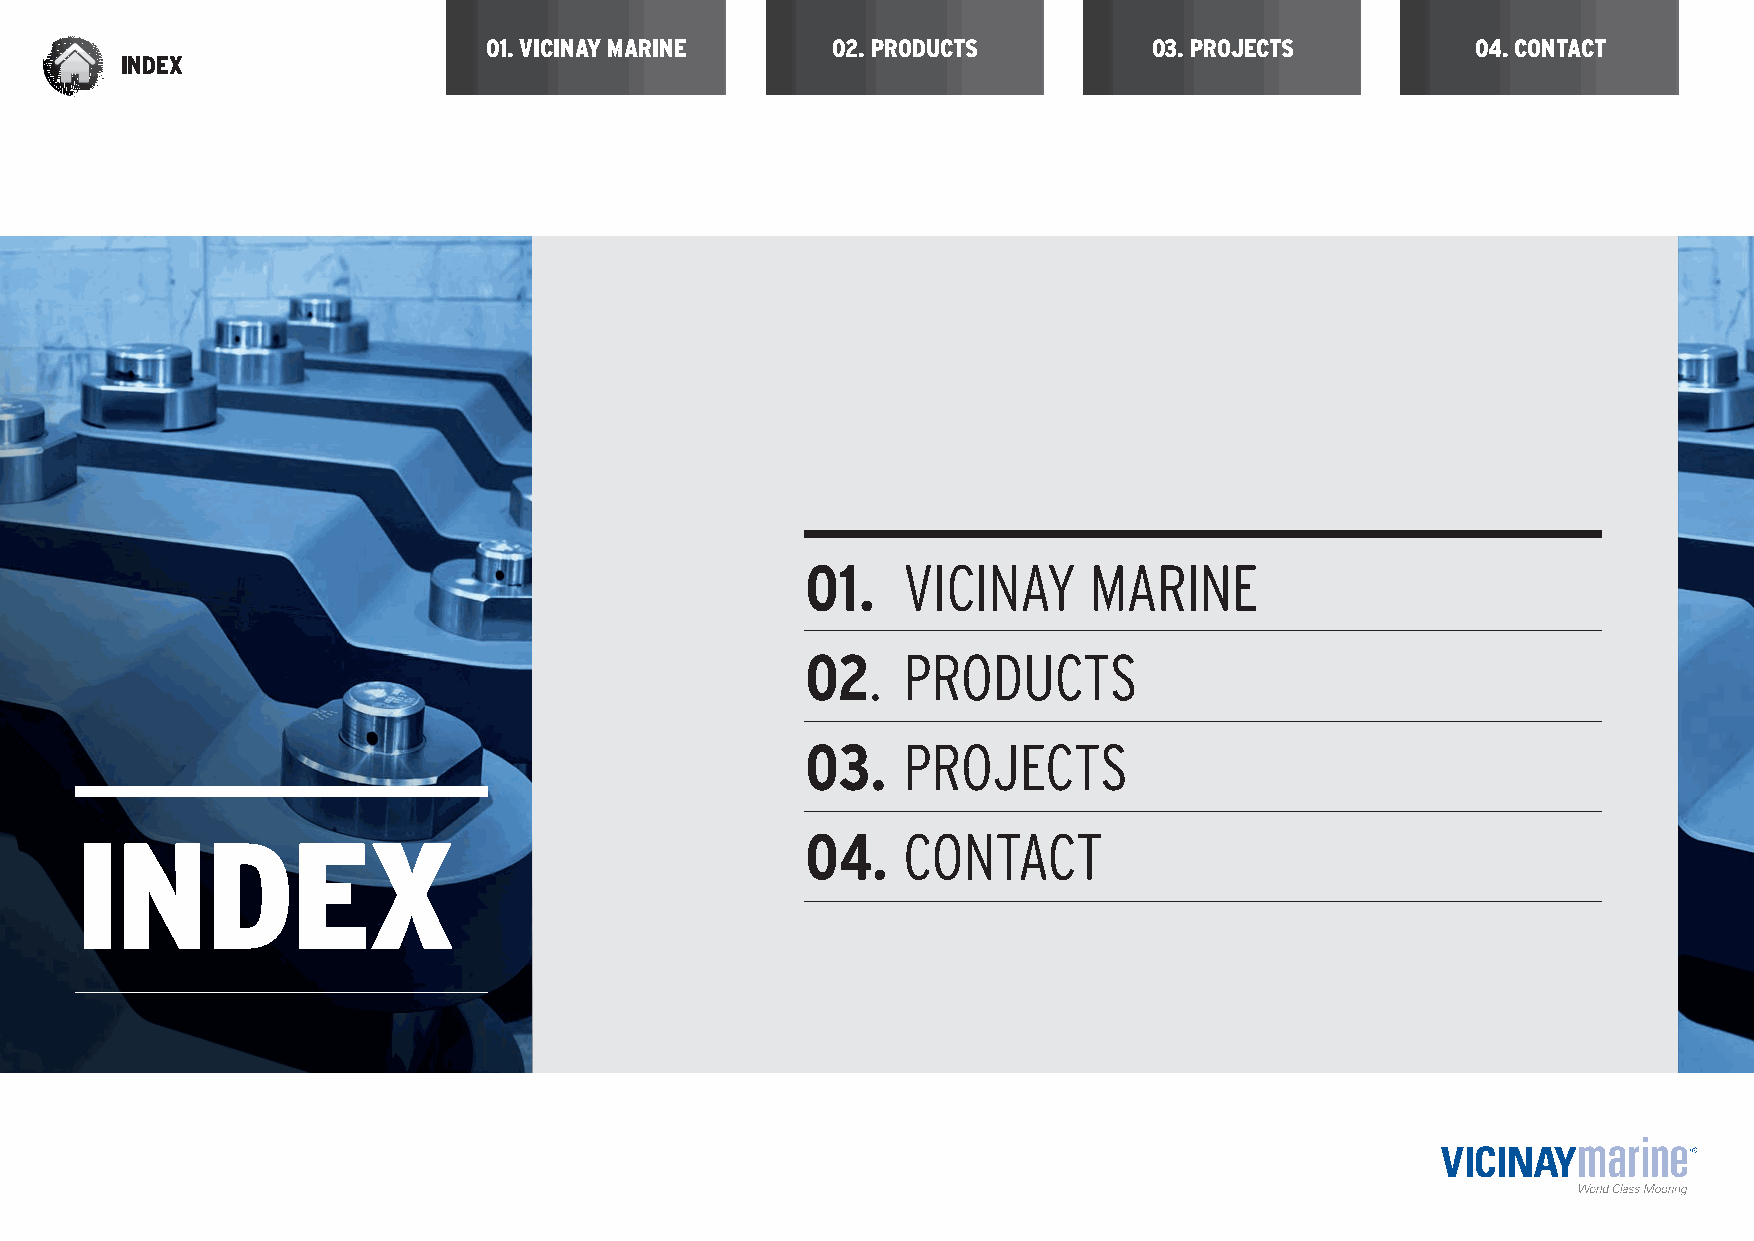
01. VICINAY MARINE     02. PRODUCTS         03. PROJECTS          04. CONTACT
 INDEX
 01.    VICINAY     MARINE
 02.    PRODUCTS
 03.    PROJECTS
 INDEX                                           04.    CONTACT